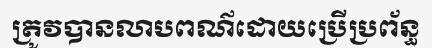
ត្រូវបានលាបពណ៌ដោយប្រើប្រព័ន្ធ